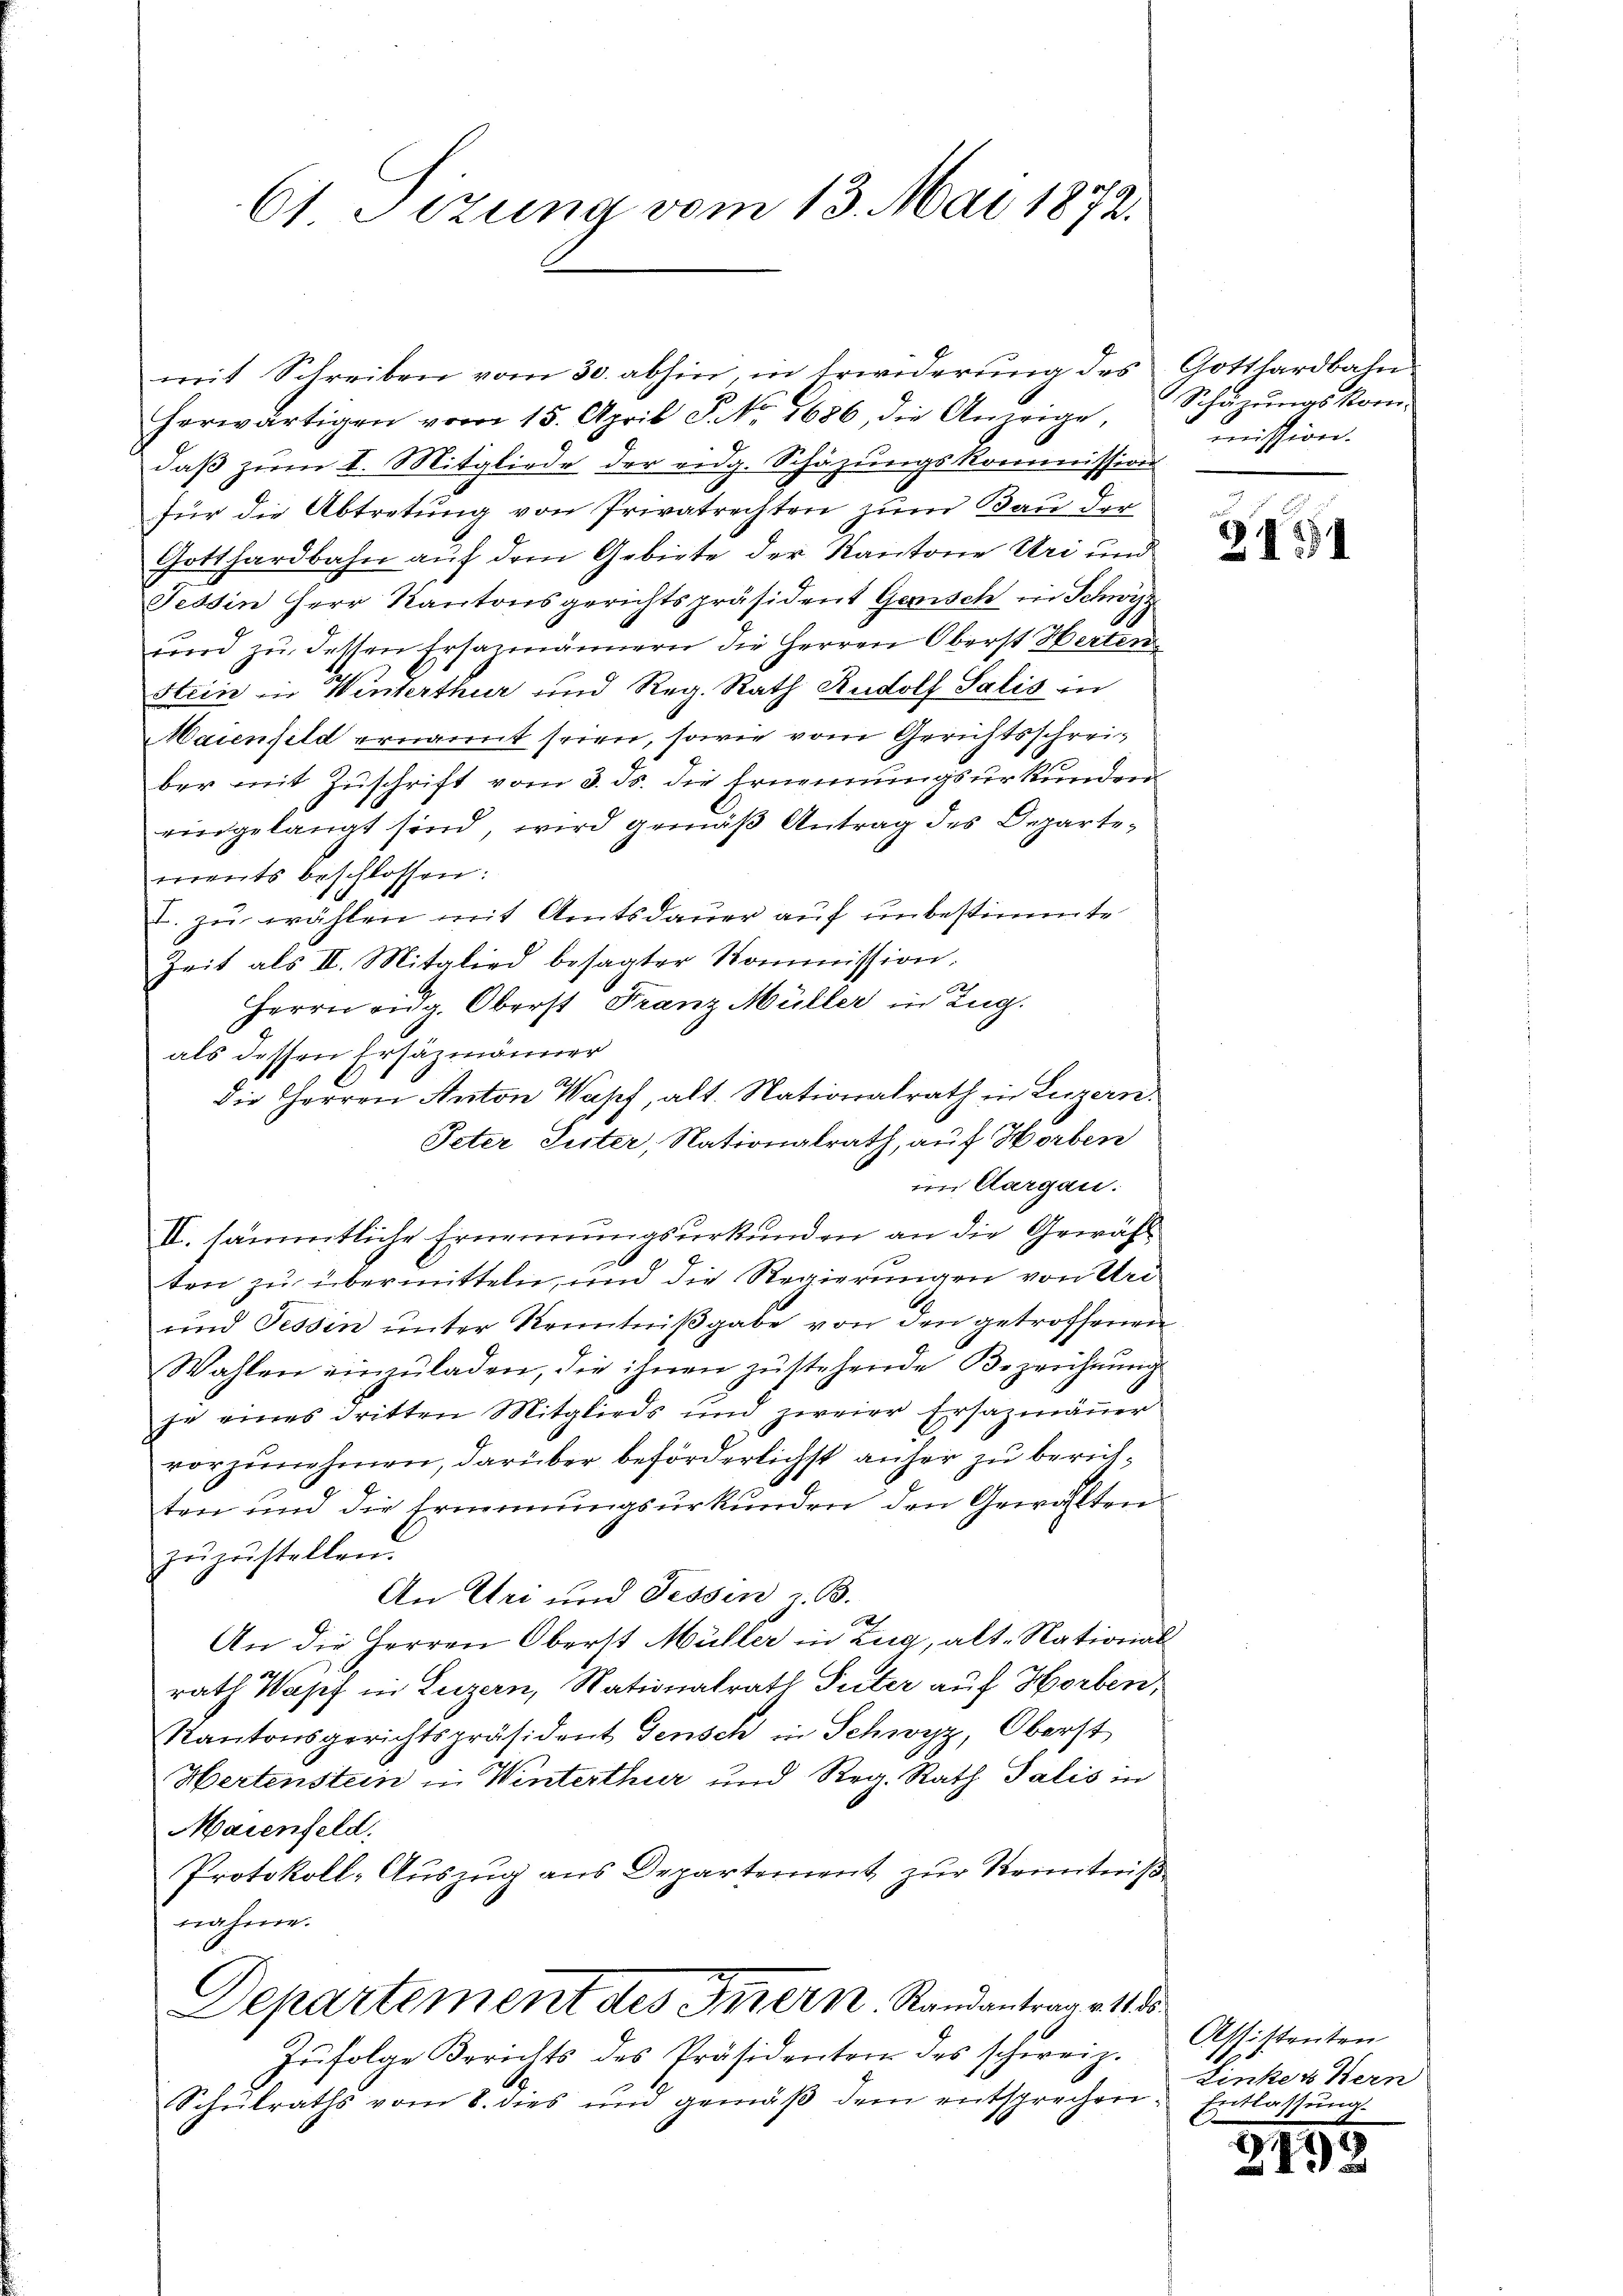
61 Sizung vom 13. Mai 1872.

mit Schreiben vom 30. abhin, in Erwiderung des Gotthardbahn
herwärtigen vom 15. April P NNo. 1686, die Anweige, Schüzŭngskom-
daß zum II. Mitgliede der eidg. Schäzungskommission
für die Abtretung von Privatrechten zum Bau der
Gotthardbahn auf dem Gebiete der Kantone Uri und
Tessin Herr Kantonsgerichtspräsident Genisch in Schwyz
und zu dessen Ersazmännern die Herren Oberst Herten
Stein in Winterthur und Reg. Rath Rudolf Salis in
Maienfeld ernannt seien, sowie vom Gerichtsschreiber mit Zuschrift vom 3. ds. die Ernennungsurkunden
eingelangt sind, wird gemäß Antrag des Departements beschlossen:
T. zu wählen mit Amtsdauer auf unbestimmte
Zeit als II. Mitglied besagter Kommission.
Herrn eidg. Oberst Franz Müller in Zug.
als dessen Ersäzmänner
die Herren Anton Wapf, alt. Nationalrath in Luzern.
Peter Suter, Nationalrath, auf Horben
im Aargau:
II. sämmtliche Ernennungsurkunden an die Gewählten zu übermitteln, und die Regierungen von Uri
und Tessin ŭnter Kenntniβgabe von den getroffenen
Wahlen einzuladen, die ihnen zustehende Bezeichnung
je eines dritten Mitglieds und zweier Ersazmäuer
vorzunehmen, darüber beförderlichst anher zu berichten und die Erinnungsurkunden den Gewählten
zŭzŭstellen.
An Uri und Fessen z. B.
An die Herren Oberst Müller in Zug, alte Nationalrath Wapf in Luzern, Nationalrath Peter auf Horben,
Kantonsgerichtspräsident Gensch in Schwyz, Oberst
Hertenstein in Winterthur und Reg. Rath Galis in
Maienfeld.
Protokoll-Auszug aus Departement zur Kenntniß
nahme.
Departement des Innern Randantrage 115.
Zŭfolge Berichts des Präsidenten des schweiz.
Schulraths vom 8. dies und gemäß dem entsprechen¬

mission.

Assistenten
Linken Kern
Entlassung.

2154

249.